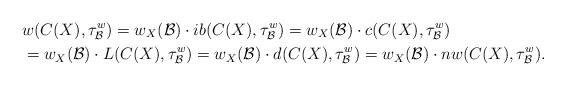
LaTeX: \begin{align*}&w(C(X),\tau_{\mathcal{B}}^{w})=w_X(\mathcal{B})\cdot ib(C(X),\tau_{\mathcal{B}}^{w})=w_X(\mathcal{B})\cdot c(C(X),\tau_{\mathcal{B}}^{w})\\ &=w_X(\mathcal{B})\cdot L(C(X),\tau_{\mathcal{B}}^{w})=w_X(\mathcal{B})\cdot d(C(X),\tau_{\mathcal{B}}^{w})=w_X(\mathcal{B})\cdot nw(C(X),\tau_{\mathcal{B}}^{w}).\end{align*}